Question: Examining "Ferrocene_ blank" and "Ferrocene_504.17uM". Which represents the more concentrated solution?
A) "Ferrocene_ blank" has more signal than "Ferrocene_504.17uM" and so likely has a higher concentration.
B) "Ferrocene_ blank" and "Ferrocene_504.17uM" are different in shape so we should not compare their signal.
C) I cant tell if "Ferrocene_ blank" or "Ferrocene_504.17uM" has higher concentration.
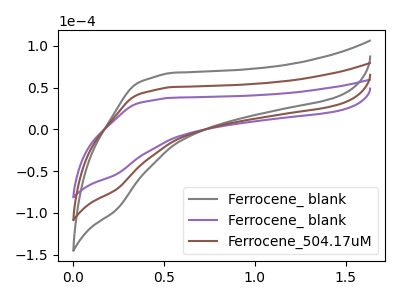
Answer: <think>The gray curve "Ferrocene_ blank" has no peaks. The purple curve "Ferrocene_ blank" has no peaks. The brown curve "Ferrocene_504.17uM" has no peaks.
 Neither "Ferrocene_ blank" or "Ferrocene_504.17uM" have any peaks.</think>
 <answer>C) I cant tell if "Ferrocene_ blank" or "Ferrocene_504.17uM" has higher concentration.</answer>
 <eval>C</eval>